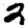
Digit: 2